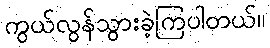
ကွယ်လွန်သွားခဲ့ကြပါတယ်။